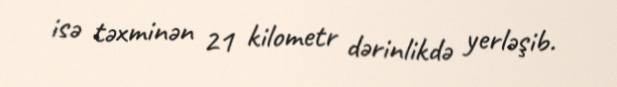
isə təxminən 21 kilometr dərinlikdə yerləşib.